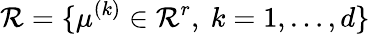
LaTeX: {\cal\mathcal{R}}=\{ \mu^{(k)}\in\mathbf{{\mathcal{R}}}^{r},\ k=1,\ldots,d\}